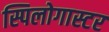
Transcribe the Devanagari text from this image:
स्पिलोगास्टर